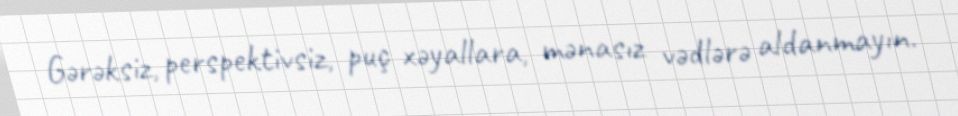
Gərəksiz, perspektivsiz, puç xəyallara, mənasız vədlərə aldanmayın.